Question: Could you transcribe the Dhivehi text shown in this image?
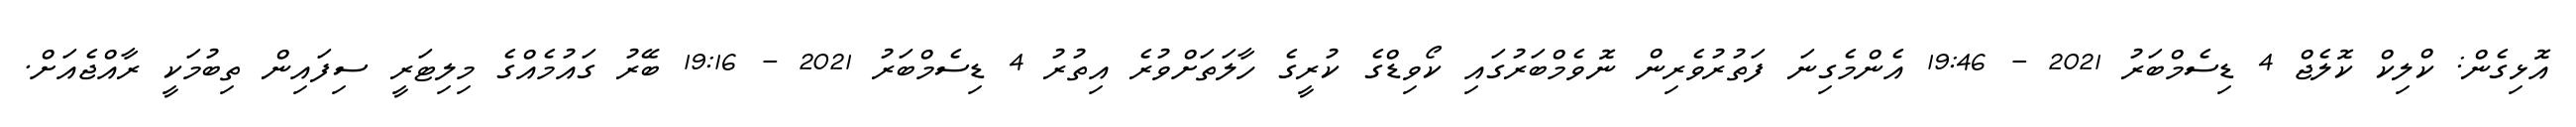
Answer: އޮޅިގެން: ކްލިކް ކޮލެޖް 4 ޑިސެމްބަރު 2021 - 19:46 އެންމެގިނަ ފަތުރުވެރިން ނޮވެމްބަރުގައި ކޯވިޑްގެ ކުރީގެ ހާލަތަށްވުރެ އިތުރު 4 ޑިސެމްބަރު 2021 - 19:16 ބޭރު ގައުމެއްގެ މިލިޓަރީ ސިފައިން ތިބުމަކީ ރާއްޖެއަށް.